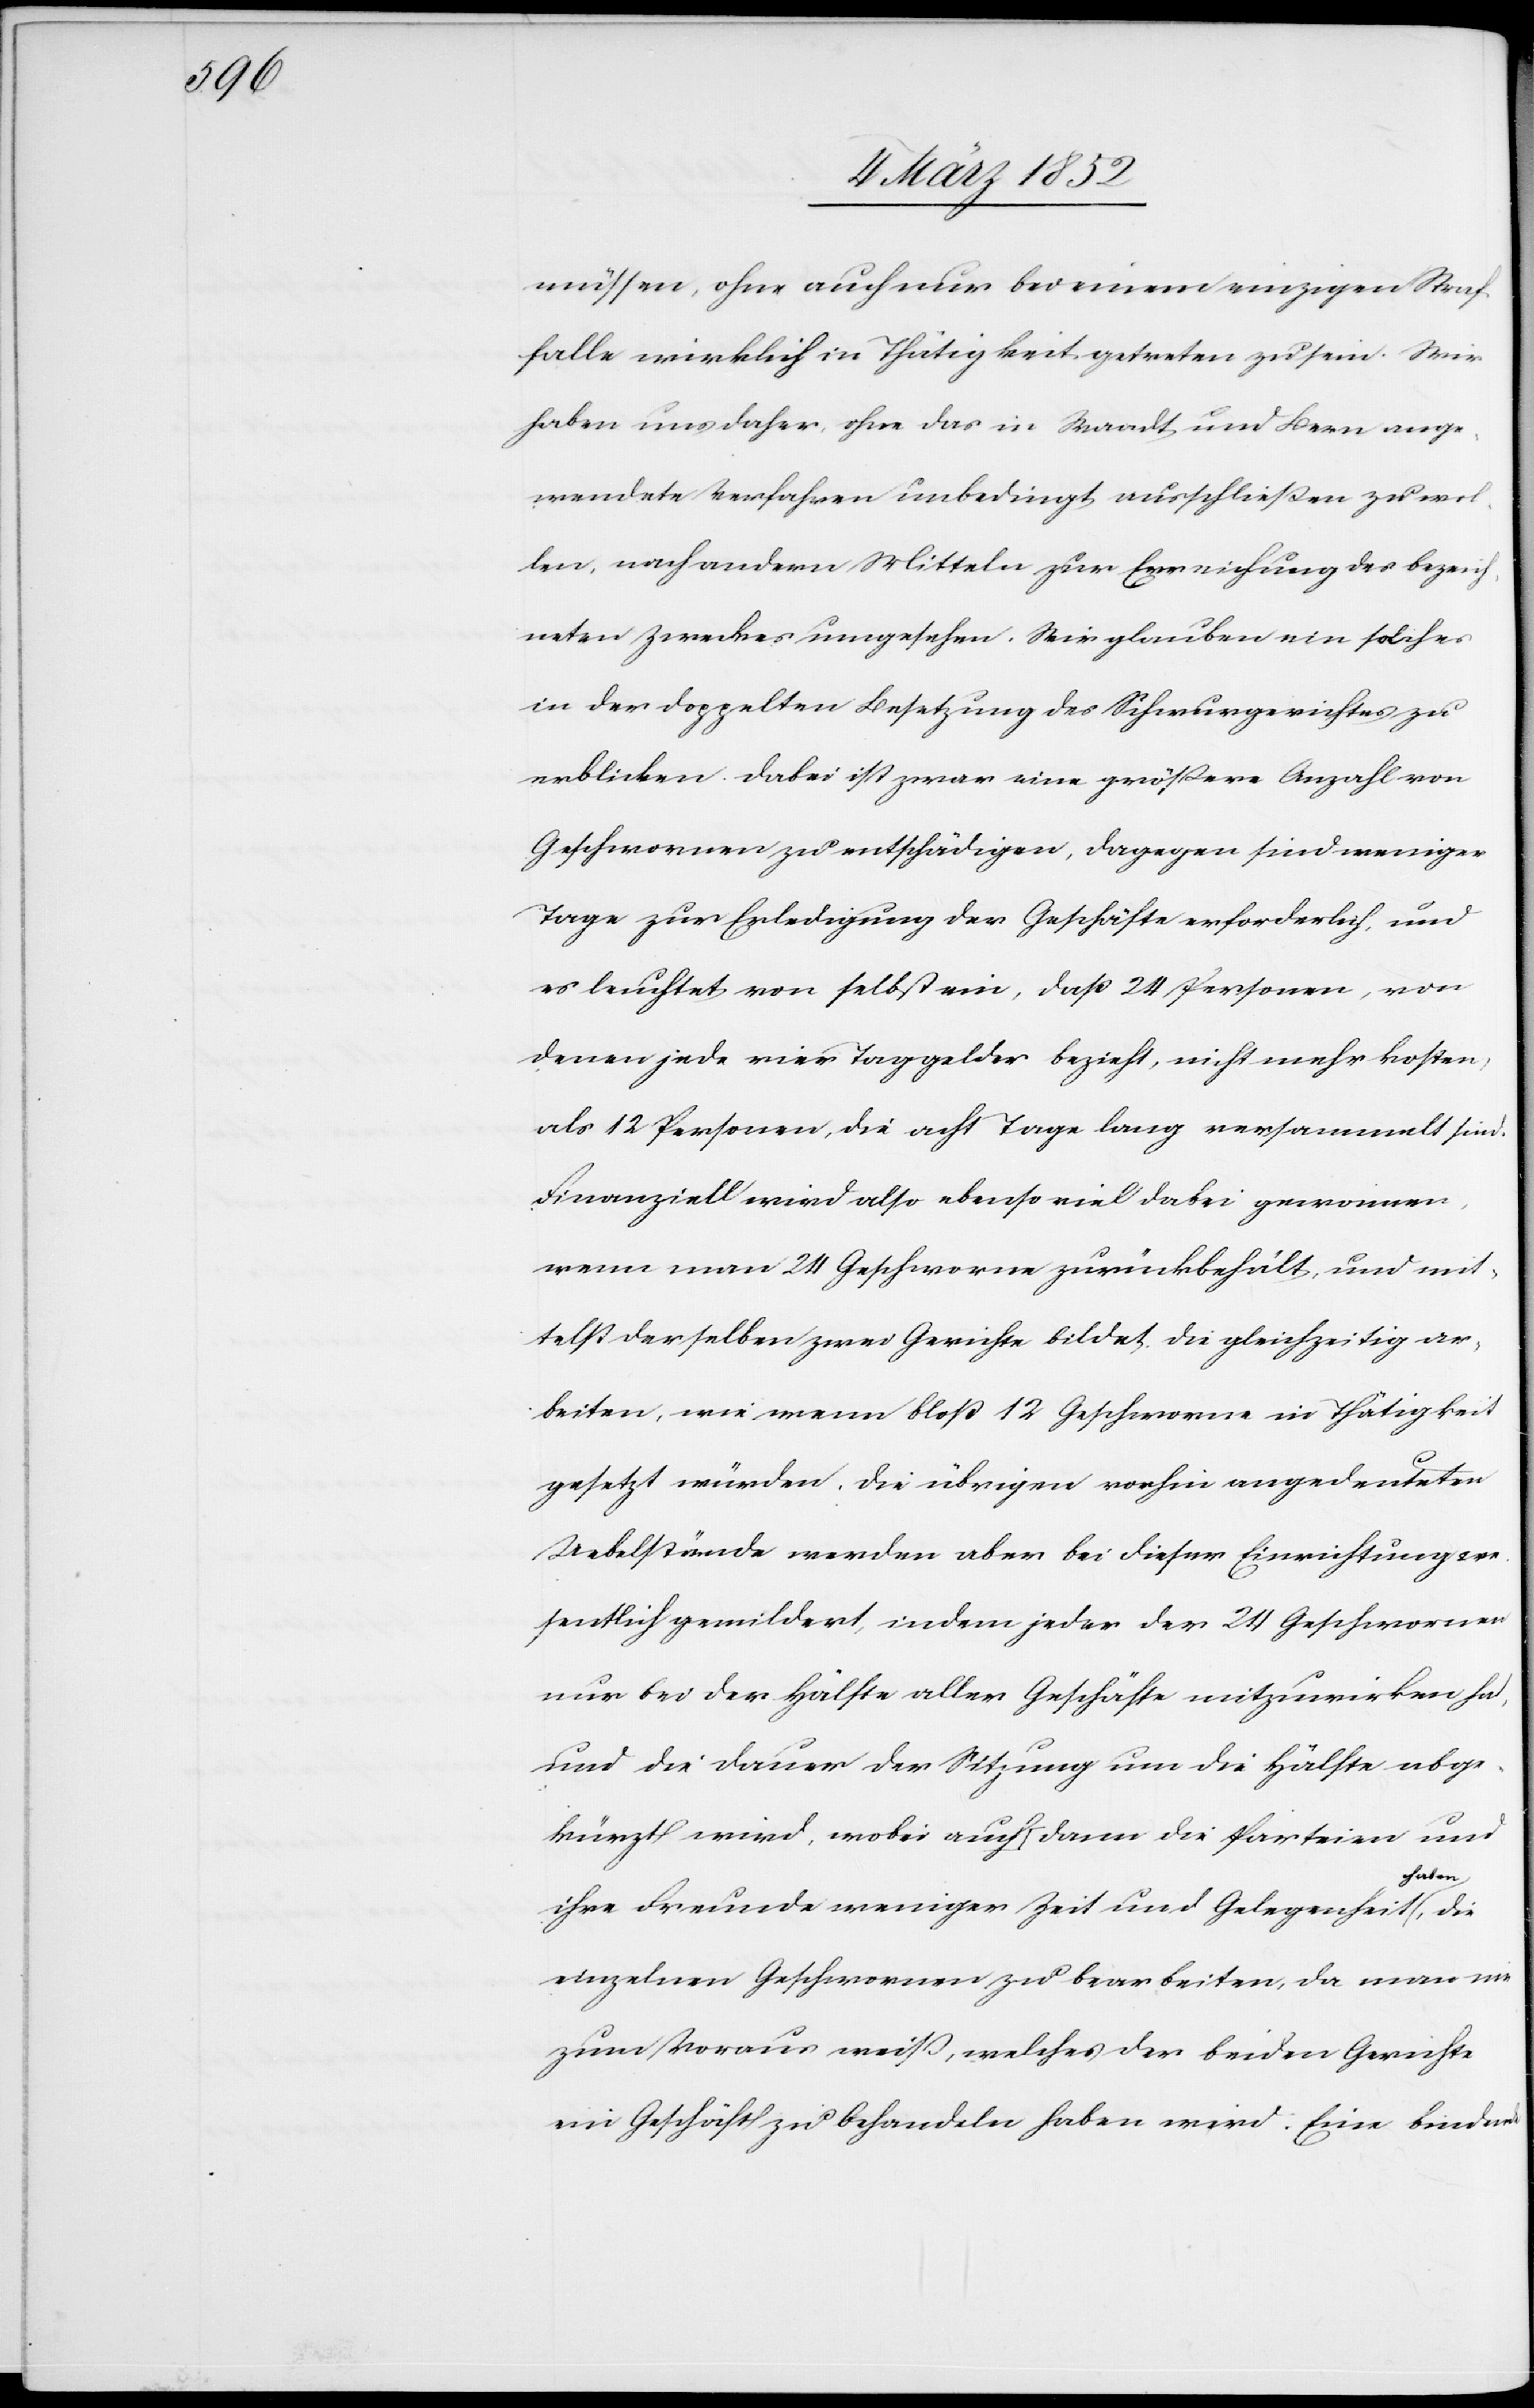
müssen, ohne auch nur bei einem einzigen Straf¬
falle wirklich in Thätigkeit getreten zu sein. Wir
haben uns daher, ohne das in Waadt und Bern ange¬
wendete Verfahren unbedingt ausschließen zu wol¬
len, nach andern Mitteln zur Erreichung des bezeich¬
neten Zweckes umgesehen. Wir glauben ein solches
in der doppelten Besetzung des Schwurgerichtes zu
erblicken. Dabei ist zwar eine größere Anzahl von
Geschwornen zu entschädigen, dagegen sind weniger
Tage zur Erledigung der Geschäfte erforderlich, und
es leuchtet von selbst ein, daß 24 Personen, von
denen jede vier Taggelder bezieht, nicht mehr kosten,
als 12 Personen, die acht Tage lang versammelt sind.
Finanziell wird also ebenso viel dabei gewonnen,
wenn man 24 Geschworne zurückbehält, und mit¬
telst derselben zwei Gerichte bildet, die gleichzeitig ar¬
beiten, wie wenn bloß 12 Geschworne in Thätigkeit
gesetzt würden, die übrigen vorhin angedeuteten
Uebelstände werden aber bei dieser Einrichtung we¬
sentlich gemildert, indem jeder der 24 Geschwornen
nur bei der Hälfte aller Geschäfte mitzuwirken ha[t],
und die Dauer der Sitzung um die Hälfte abge¬
kürzt wird, wobei auch dann die Parteien und
ihre Freunde weniger Zeit und Gelegenheit haben, die
einzelnen Geschwornen zu bearbeiten, da man nie
zum Voraus weiß, welches der beiden Gerichte
ein Geschäft zu behandeln haben wird. Eine bindende